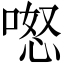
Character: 𭉏